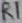
Text: R1